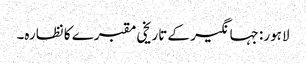
لاہور: جہانگیر کے تاریخی مقبرے کا نظارہ۔